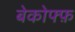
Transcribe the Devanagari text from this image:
बेकोफ्फ़